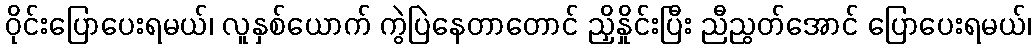
ဝိုင်းပြောပေးရမယ်၊ လူနှစ်ယောက် ကွဲပြဲနေတာတောင် ညှိနှိုင်းပြီး ညီညွတ်အောင် ပြောပေးရမယ်၊